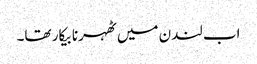
اب لندن میں ٹھہرنا بیکار تھا۔